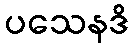
ပသေနဒိ